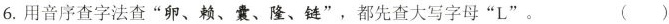
6.用音序查字法查”卵、赖、囊、隆、链”，都先查大写字母”L”。 ()